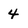
Character: 4